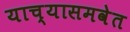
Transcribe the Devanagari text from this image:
याच्यासमवेत